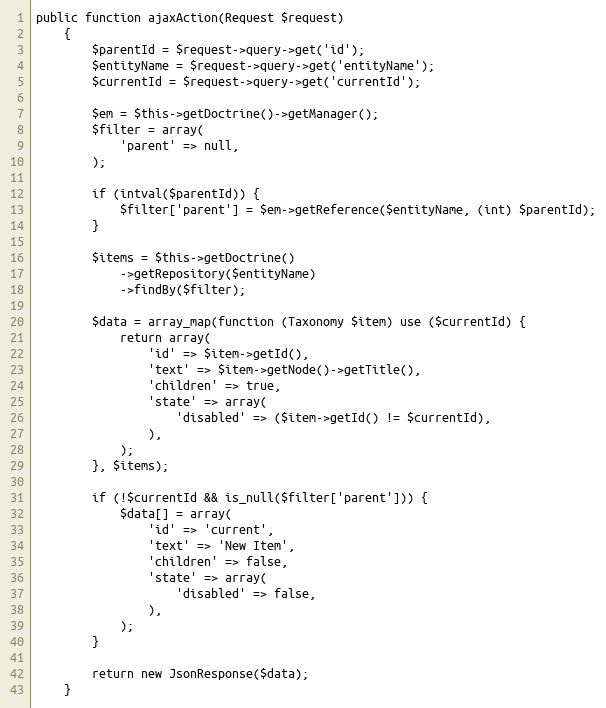
Language: PHP
public function ajaxAction(Request $request)
    {
        $parentId = $request->query->get('id');
        $entityName = $request->query->get('entityName');
        $currentId = $request->query->get('currentId');

        $em = $this->getDoctrine()->getManager();
        $filter = array(
            'parent' => null,
        );

        if (intval($parentId)) {
            $filter['parent'] = $em->getReference($entityName, (int) $parentId);
        }

        $items = $this->getDoctrine()
            ->getRepository($entityName)
            ->findBy($filter);

        $data = array_map(function (Taxonomy $item) use ($currentId) {
            return array(
                'id' => $item->getId(),
                'text' => $item->getNode()->getTitle(),
                'children' => true,
                'state' => array(
                    'disabled' => ($item->getId() != $currentId),
                ),
            );
        }, $items);

        if (!$currentId && is_null($filter['parent'])) {
            $data[] = array(
                'id' => 'current',
                'text' => 'New Item',
                'children' => false,
                'state' => array(
                    'disabled' => false,
                ),
            );
        }

        return new JsonResponse($data);
    }